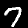
Label: 7